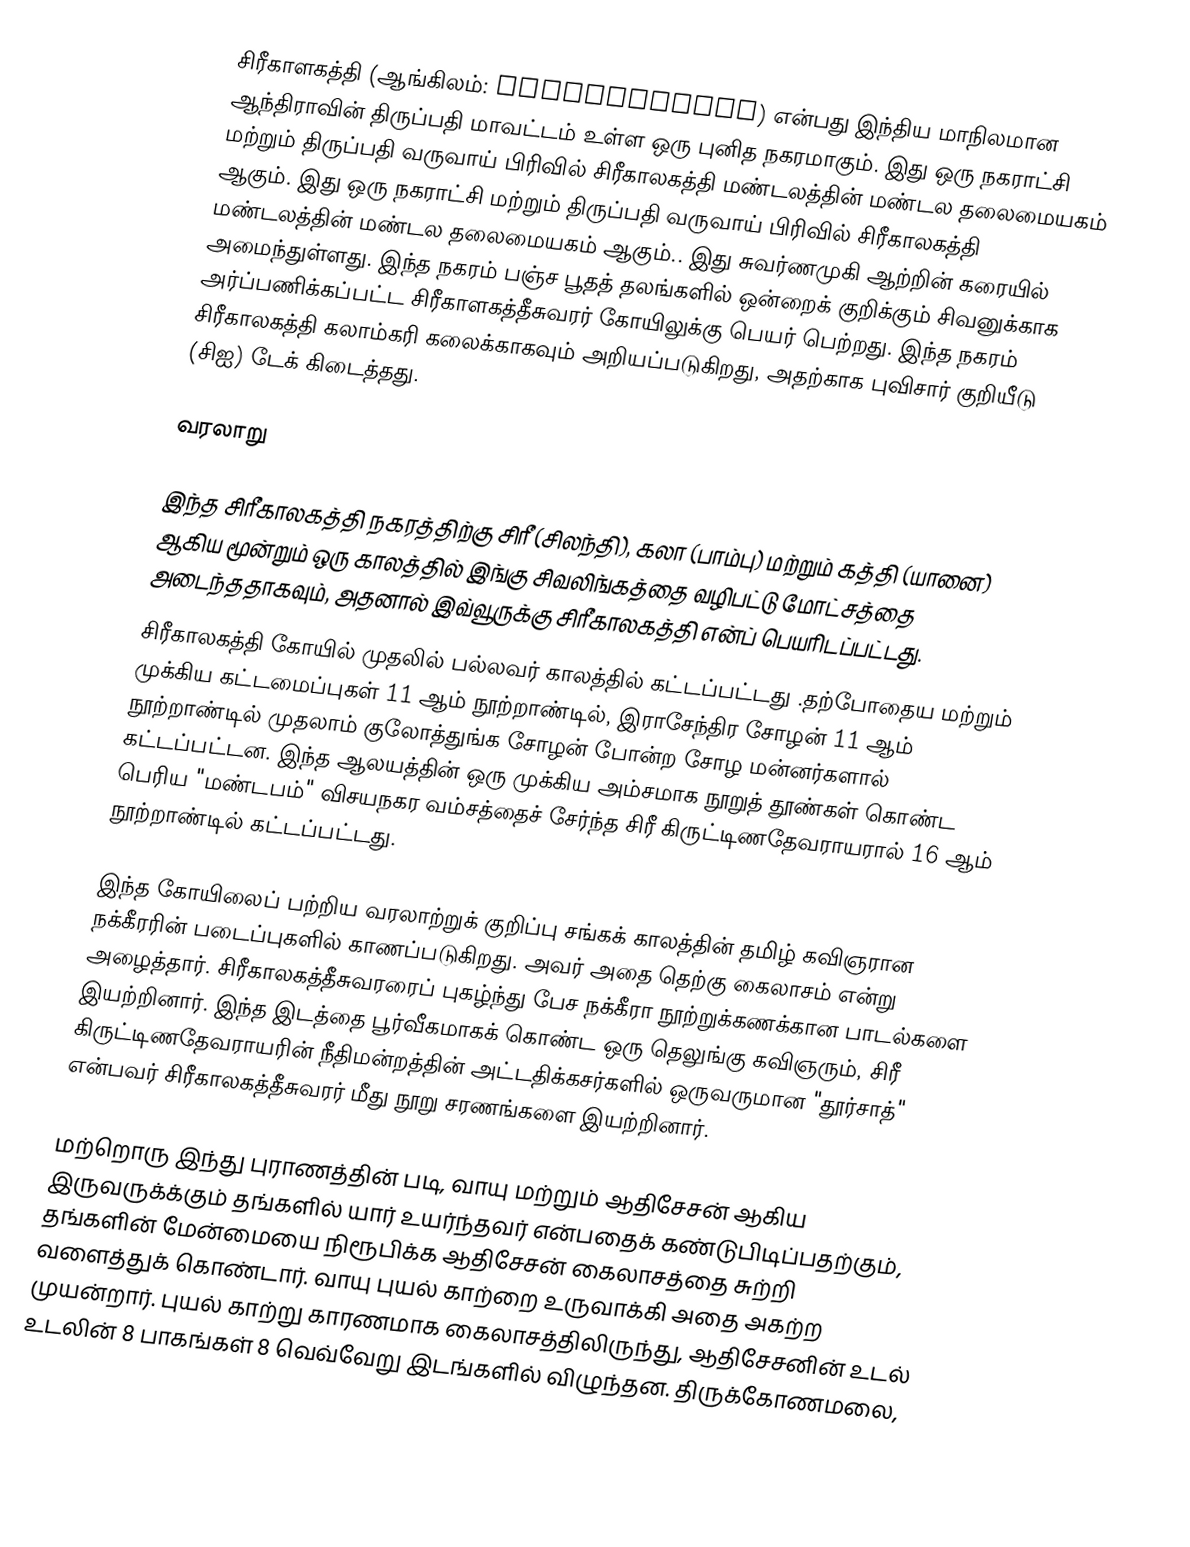
சிரீகாளகத்தி (ஆங்கிலம்: Srikalahasti) என்பது இந்திய மாநிலமான ஆந்திராவின் திருப்பதி மாவட்டம் உள்ள ஒரு புனித நகரமாகும். இது ஒரு நகராட்சி மற்றும் திருப்பதி வருவாய் பிரிவில் சிரீகாலகத்தி மண்டலத்தின் மண்டல தலைமையகம் ஆகும். இது ஒரு நகராட்சி மற்றும் திருப்பதி வருவாய் பிரிவில் சிரீகாலகத்தி மண்டலத்தின் மண்டல தலைமையகம் ஆகும்.. இது சுவர்ணமுகி ஆற்றின் கரையில் அமைந்துள்ளது.  இந்த நகரம் பஞ்ச பூதத் தலங்களில் ஒன்றைக் குறிக்கும் சிவனுக்காக அர்ப்பணிக்கப்பட்ட சிரீகாளகத்தீசுவரர் கோயிலுக்கு பெயர் பெற்றது. இந்த நகரம் சிரீகாலகத்தி கலாம்கரி கலைக்காகவும் அறியப்படுகிறது, அதற்காக புவிசார் குறியீடு (சிஐ) டேக் கிடைத்தது.

வரலாறு

இந்த சிரீகாலகத்தி நகரத்திற்கு சிரீ (சிலந்தி), கலா (பாம்பு) மற்றும் கத்தி (யானை) ஆகிய மூன்றும் ஒரு காலத்தில் இங்கு சிவலிங்கத்தை வழிபட்டு மோட்சத்தை அடைந்ததாகவும், அதனால் இவ்வூருக்கு சிரீகாலகத்தி  என்ப் பெயரிடப்பட்டது.
சிரீகாலகத்தி கோயில் முதலில் பல்லவர் காலத்தில் கட்டப்பட்டது .தற்போதைய மற்றும் முக்கிய கட்டமைப்புகள் 11 ஆம் நூற்றாண்டில், இராசேந்திர சோழன்  11 ஆம் நூற்றாண்டில் முதலாம் குலோத்துங்க சோழன் போன்ற சோழ மன்னர்களால் கட்டப்பட்டன.  இந்த ஆலயத்தின் ஒரு முக்கிய அம்சமாக நூறுத் தூண்கள் கொண்ட பெரிய "மண்டபம்" விசயநகர வம்சத்தைச் சேர்ந்த சிரீ கிருட்டிணதேவராயரால் 16 ஆம் நூற்றாண்டில் கட்டப்பட்டது.

இந்த கோயிலைப் பற்றிய வரலாற்றுக் குறிப்பு சங்கக் காலத்தின் தமிழ் கவிஞரான நக்கீரரின் படைப்புகளில் காணப்படுகிறது.  அவர் அதை தெற்கு கைலாசம் என்று அழைத்தார். சிரீகாலகத்தீசுவரரைப் புகழ்ந்து பேச நக்கீரா நூற்றுக்கணக்கான பாடல்களை இயற்றினார். இந்த இடத்தை பூர்வீகமாகக் கொண்ட ஒரு தெலுங்கு கவிஞரும், சிரீ கிருட்டிணதேவராயரின் நீதிமன்றத்தின் அட்டதிக்கசர்களில் ஒருவருமான "தூர்சாத்" என்பவர் சிரீகாலகத்தீசுவரர் மீது நூறு சரணங்களை இயற்றினார்.

மற்றொரு இந்து புராணத்தின் படி, வாயு மற்றும் ஆதிசேசன் ஆகிய இருவருக்க்கும் தங்களில் யார் உயர்ந்தவர் என்பதைக் கண்டுபிடிப்பதற்கும், தங்களின் மேன்மையை நிரூபிக்க ஆதிசேசன் கைலாசத்தை சுற்றி வளைத்துக் கொண்டார். வாயு புயல் காற்றை உருவாக்கி அதை அகற்ற முயன்றார். புயல் காற்று காரணமாக கைலாசத்திலிருந்து, ஆதிசேசனின் உடல் உடலின் 8 பாகங்கள் 8 வெவ்வேறு இடங்களில் விழுந்தன. திருக்கோணமலை,